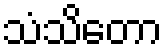
သံသိတော